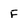
Character: F